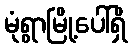
မုံရွာမြို့ပေါ်ရှိ